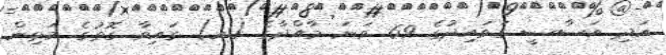
އަދި އަސާސީ ގަވައިދުގެ 69 ވަނަ މާއްދާގެ (އ) ގައިވާ ގޮތުގެ މަތިން